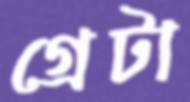
গ্রেটা